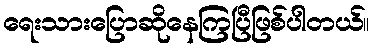
ရေးသားပြောဆိုနေကြပြီဖြစ်ပါတယ်။